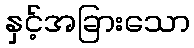
နှင့်အခြားသော